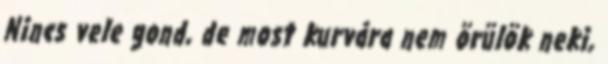
Nincs vele gond, de most kurvára nem örülök neki,